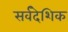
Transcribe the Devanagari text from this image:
सर्वदेशिक